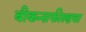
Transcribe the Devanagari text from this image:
बीकन्सफील्डचा